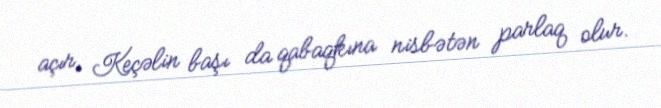
açır, Keçəlin başı da qabaqkına nisbətən parlaq olur.